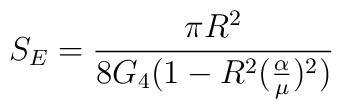
S_{E} = \frac {\pi R^{2}}{8 G_{4} (1 - R^2 (\frac{\alpha}{\mu})^{2})}